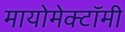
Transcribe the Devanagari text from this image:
मायोमेक्टॉमी